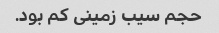
حجم سیب زمینی کم بود.